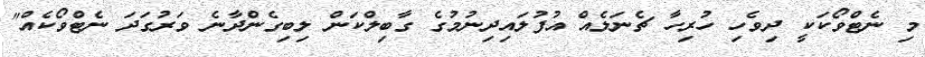
މި ނެޓްވޯކަކީ ދިވެހި ހުރިހާ ޗެނަލެއް އުފުލައިދިނުމުގެ ގާބިލްކަން ލިބިގެންދާނެ ވަރުގަދަ ނެޓްވޯކެއް"